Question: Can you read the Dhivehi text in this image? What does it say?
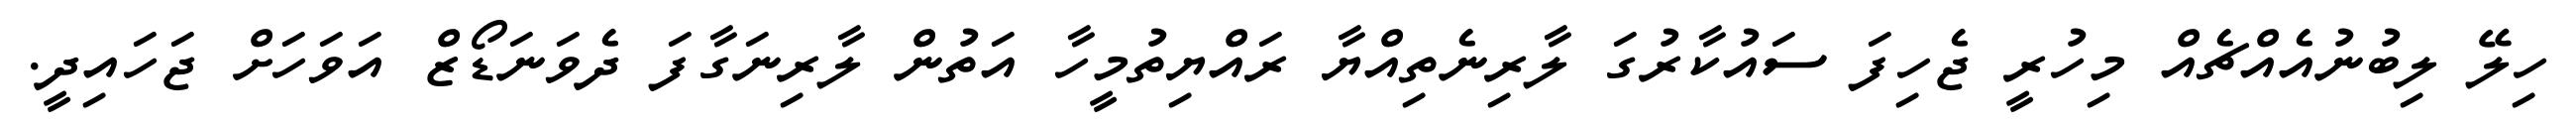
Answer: ހިލޭ ލިބުނުއެއްޗެއް މިހުރީ ޖެހިފަ ސައުކާރުގަ ލާރިނެތިއްޔާ ރައްޔިތުމީހާ އަތުން ލާރިނަގާފަ ދެވަނަޑޯޒް އަވަހަށް ޖަހައިދީ.